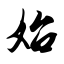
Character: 始